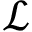
\mathcal { L }